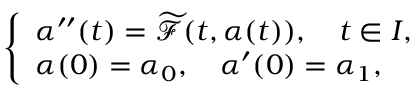
\left\{ \begin{array} { l } { \boldsymbol { \alpha } ^ { \prime \prime } ( t ) = \boldsymbol { \widetilde { \mathcal { F } } } ( t , \boldsymbol { \alpha } ( t ) ) , \quad t \in I , } \\ { \boldsymbol { \alpha } ( 0 ) = \boldsymbol { \alpha _ { 0 } } , \quad \boldsymbol { \alpha } ^ { \prime } ( 0 ) = \boldsymbol { \alpha _ { 1 } } , } \end{array} \right.